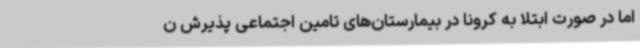
اما در صورت ابتلا به کرونا در بیمارستان‌های تامین اجتماعی پذیرش ن